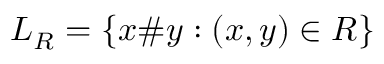
L _ { R } = \{ x \# y : ( x , y ) \in R \}